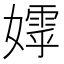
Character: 𭒢